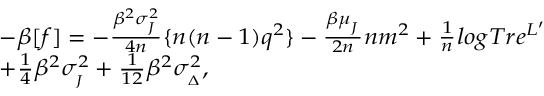
{ \footnotesize \begin{array} { r l } & { - \beta [ f ] = - \frac { \beta ^ { 2 } \sigma _ { _ { J } } ^ { 2 } } { 4 n } \{ n ( n - 1 ) q ^ { 2 } \} - \frac { \beta \mu _ { _ { J } } } { 2 n } n m ^ { 2 } + \frac { 1 } { n } l o g T r e ^ { L ^ { \prime } } } \\ & { + \frac { 1 } { 4 } \beta ^ { 2 } \sigma _ { _ { J } } ^ { 2 } + \frac { 1 } { 1 2 } \beta ^ { 2 } \sigma _ { _ { \Delta } } ^ { 2 } , } \end{array} }